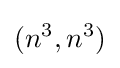
(n^{3},n^{3})